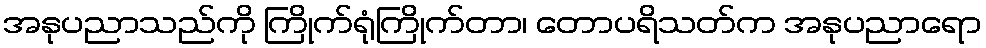
အနုပညာသည်ကို ကြိုက်ရုံကြိုက်တာ၊ တောပရိသတ်က အနုပညာရော